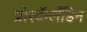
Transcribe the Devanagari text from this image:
प्रोस्टॅग्लँडिन